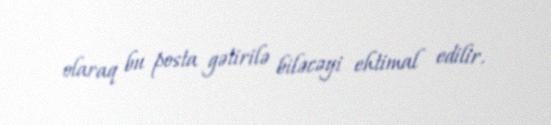
olaraq bu posta gətirilə biləcəyi ehtimal edilir.